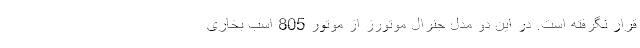
قرار نگرفته است. در این دو مدل جنرال موتورز از موتور 805 اسب بخاری